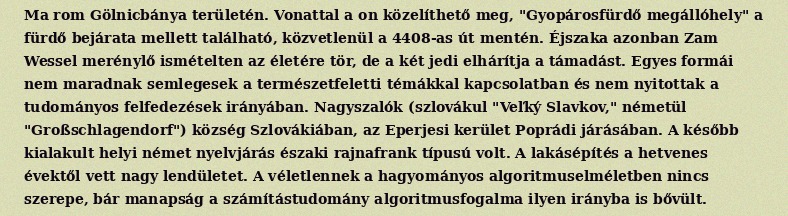
Ma rom Gölnicbánya területén. Vonattal a on közelíthető meg, "Gyopárosfürdő megállóhely" a fürdő bejárata mellett található, közvetlenül a 4408-as út mentén. Éjszaka azonban Zam Wessel merénylő ismételten az életére tör, de a két jedi elhárítja a támadást. Egyes formái nem maradnak semlegesek a természetfeletti témákkal kapcsolatban és nem nyitottak a tudományos felfedezések irányában. Nagyszalók (szlovákul "Veľký Slavkov," németül "Großschlagendorf") község Szlovákiában, az Eperjesi kerület Poprádi járásában. A később kialakult helyi német nyelvjárás északi rajnafrank típusú volt. A lakásépítés a hetvenes évektől vett nagy lendületet. A véletlennek a hagyományos algoritmuselméletben nincs szerepe, bár manapság a számítástudomány algoritmusfogalma ilyen irányba is bővült.